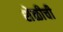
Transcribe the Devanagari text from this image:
शेळीची